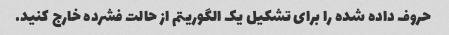
حروف داده شده را برای تشکیل یک الگوریتم از حالت فشرده خارج کنید.